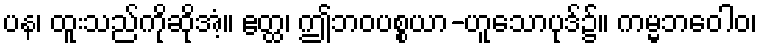
ပန၊ ထူးသည်ကိုဆိုအံ့။ ဧတ္ထ၊ ဤဘဝပစ္စယာ-ဟူသောပုဒ်၌။ ကမ္မဘဝေါဝ၊